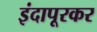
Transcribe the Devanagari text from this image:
इंदापूरकर